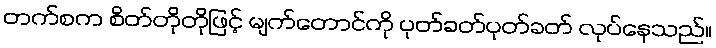
တက်စက စိတ်တိုတိုဖြင့် မျက်တောင်ကို ပုတ်ခတ်ပုတ်ခတ် လုပ်နေသည်။